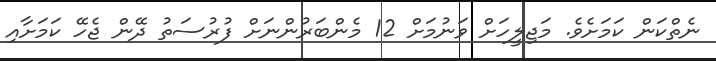
ނެތްކަން ކަމަށެވެ. މަޖިލީހަށް ވަނުމަށް 12 މެންބަރުންނަށް ފުރުސަތު ދޭން ޖެހޭ ކަމަށާއި